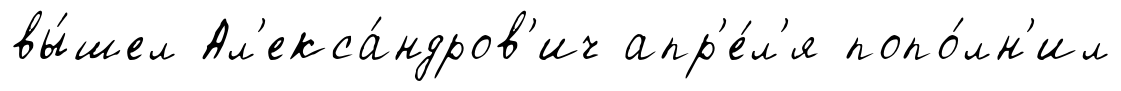
вы́шел Ал'екса́ндров'ич апр'е́л'я попо́лн'ил